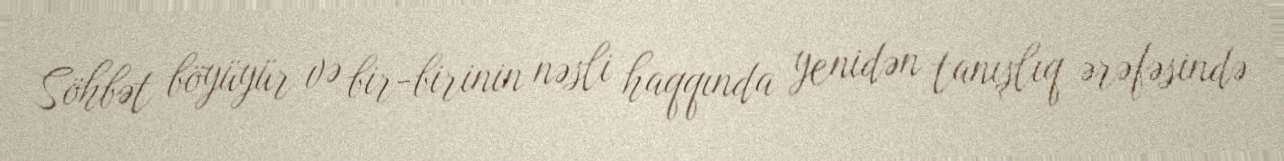
Söhbət böyüyür və bir-birinin nəsli haqqında yenidən tanışlıq ərəfəsində